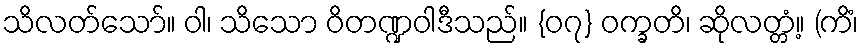
သိလတ်သော်။ ဝါ၊ သိသော ဝိတဏ္ဍဝါဒီသည်။ {၀၇} ဝက္ခတိ၊ ဆိုလတ္တံ့။ (ကိံ၊